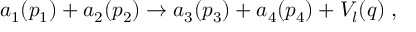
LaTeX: a _ { 1 } ( p _ { 1 } ) + a _ { 2 } ( p _ { 2 } ) \rightarrow a _ { 3 } ( p _ { 3 } ) + a _ { 4 } ( p _ { 4 } ) + V _ { l } ( q ) \; ,